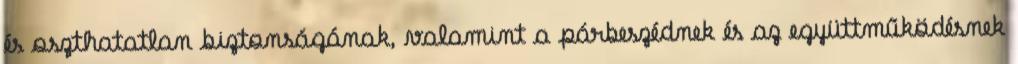
és oszthatatlan biztonságának, valamint a párbeszédnek és az együttműködésnek